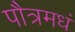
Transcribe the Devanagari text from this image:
पौत्रमधं